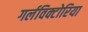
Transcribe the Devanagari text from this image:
गर्लविक्टोरिया